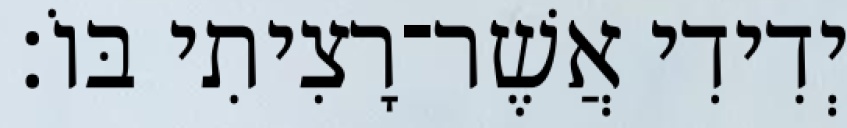
יְדִידִי אֲשֶׁר־רָצִיתִי בּוֹ׃